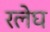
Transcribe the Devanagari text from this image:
रलेघ